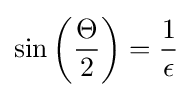
\sin \left({\frac {\Theta }{2}}\right)={\frac {1}{\epsilon }}